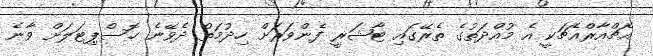
އެޗްއާރްއެޗަކީ އެ މުއްދަތުގެ ތެރޭގައި ޓާޝަރީ ފެންވަރަށް ހިދުމަތް ދެވޭނެ ހޮސްޕިޓަލަށް ވާނެ